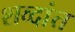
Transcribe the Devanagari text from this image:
शव्दांत